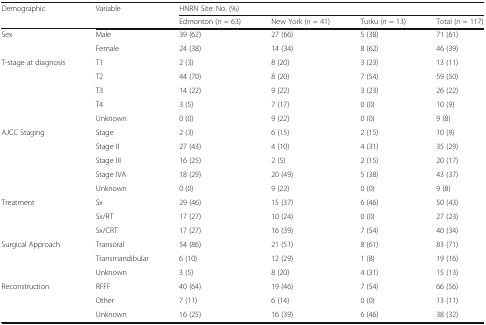
| <ROWSPAN=2> Demographic | <ROWSPAN=2> Variable | <COLSPAN=4> HNRN Site: No. (%) |
 | Edmonton (n = 63) | New York (n = 41) | Turku (n = 13) | Total (n = 117) |
 | --- | --- | --- | --- | --- | --- |
 | <ROWSPAN=2> Sex | Male | 39 (62) | 27 (66) | 5 (38) | 71 (61) |
 | Female | 24 (38) | 14 (34) | 8 (62) | 46 (39) |
 | <ROWSPAN=5> T-stage at diagnosis | T1 | 2 (3) | 8 (20) | 3 (23) | 13 (11) |
 | T2 | 44 (70) | 8 (20) | 7 (54) | 59 (50) |
 | T3 | 14 (22) | 9 (22) | 3 (23) | 26 (22) |
 | T4 | 3 (5) | 7 (17) | 0 (0) | 10 (9) |
 | Unknown | 0 (0) | 9 (22) | 0 (0) | 9 (8) |
 | <ROWSPAN=5> AJCC Staging | Stage | 2 (3) | 6 (15) | 2 (15) | 10 (9) |
 | Stage II | 27 (43) | 4 (10) | 4 (31) | 35 (29) |
 | Stage III | 16 (25) | 2 (5) | 2 (15) | 20 (17) |
 | Stage IVA | 18 (29) | 20 (49) | 5 (38) | 43 (37) |
 | Unknown | 0 (0) | 9 (22) | 0 (0) | 9 (8) |
 | <ROWSPAN=3> Treatment | Sx | 29 (46) | 15 (37) | 6 (46) | 50 (43) |
 | Sx/RT | 17 (27) | 10 (24) | 0 (0) | 27 (23) |
 | Sx/CRT | 17 (27) | 16 (39) | 7 (54) | 40 (34) |
 | <ROWSPAN=3> Surgical Approach | Transoral | 54 (86) | 21 (51) | 8 (61) | 83 (71) |
 | Transmandibular | 6 (10) | 12 (29) | 1 (8) | 19 (16) |
 | Unknown | 3 (5) | 8 (20) | 4 (31) | 15 (13) |
 | <ROWSPAN=3> Reconstruction | RFFF | 40 (64) | 19 (46) | 7 (54) | 66 (56) |
 | Other | 7 (11) | 6 (14) | 0 (0) | 13 (11) |
 | Unknown | 16 (25) | 16 (39) | 6 (46) | 38 (32) |